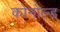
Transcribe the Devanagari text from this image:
कोनोल्ड